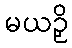
မယဉှိ